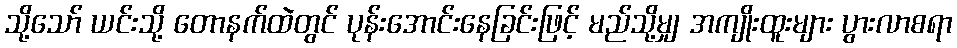
သို့သော် ယင်းသို့ တောနက်ထဲတွင် ပုန်းအောင်းနေခြင်းဖြင့် မည်သို့မျှ အကျိုးထူးများ ပွားလာစရာ